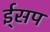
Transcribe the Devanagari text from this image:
ई्सप